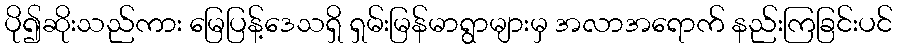
ပို၍ဆိုးသည်ကား မြေပြန့်ဒေသရှိ ရှမ်းမြန်မာရွာများမှ အလာအရောက် နည်းကြခြင်းပင်